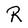
Character: R